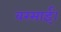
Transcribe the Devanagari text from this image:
बरसाईं।